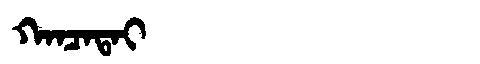
Manchu: ᡴᠠᠨᠴᠠᡨᠠᡳ
Romanization: KANCATAI